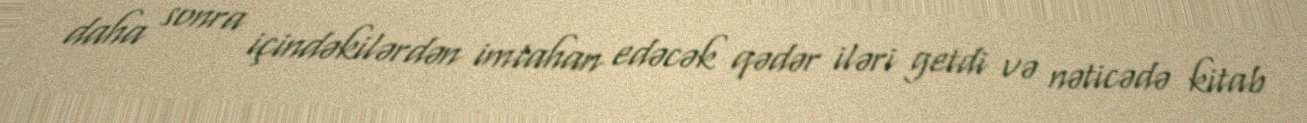
daha sonra içindəkilərdən imtahan edəcək qədər iləri getdi və nəticədə kitab